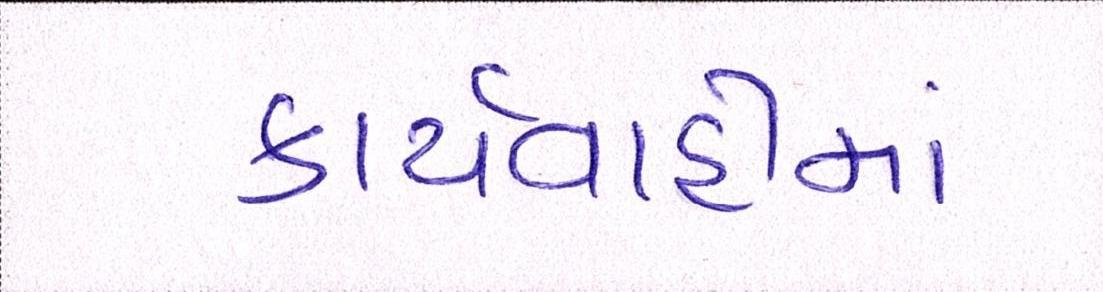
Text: કાર્યવાહીમાં